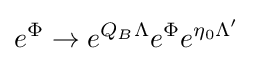
e^{\Phi }\to e^{Q_{B}\Lambda }e^{\Phi }e^{\eta _{0}\Lambda '}